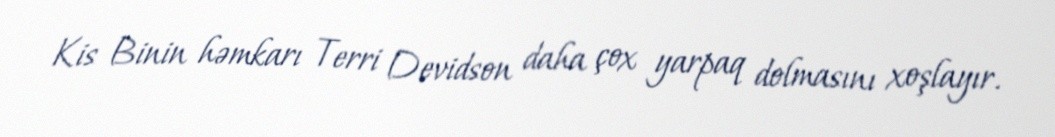
Kis Binin həmkarı Terri Devidson daha çox yarpaq dolmasını xoşlayır.